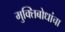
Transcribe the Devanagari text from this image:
मुक्तिबोधांचा